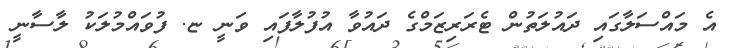
އެ މައްސަލާގައި ދައުލަތުން ޓެރަރިޒަމްގެ ދައުވާ އުފުލާފައި ވަނީ ޏ. ފުވައްމުލަކު ލާސާނީ